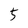
Character: 5